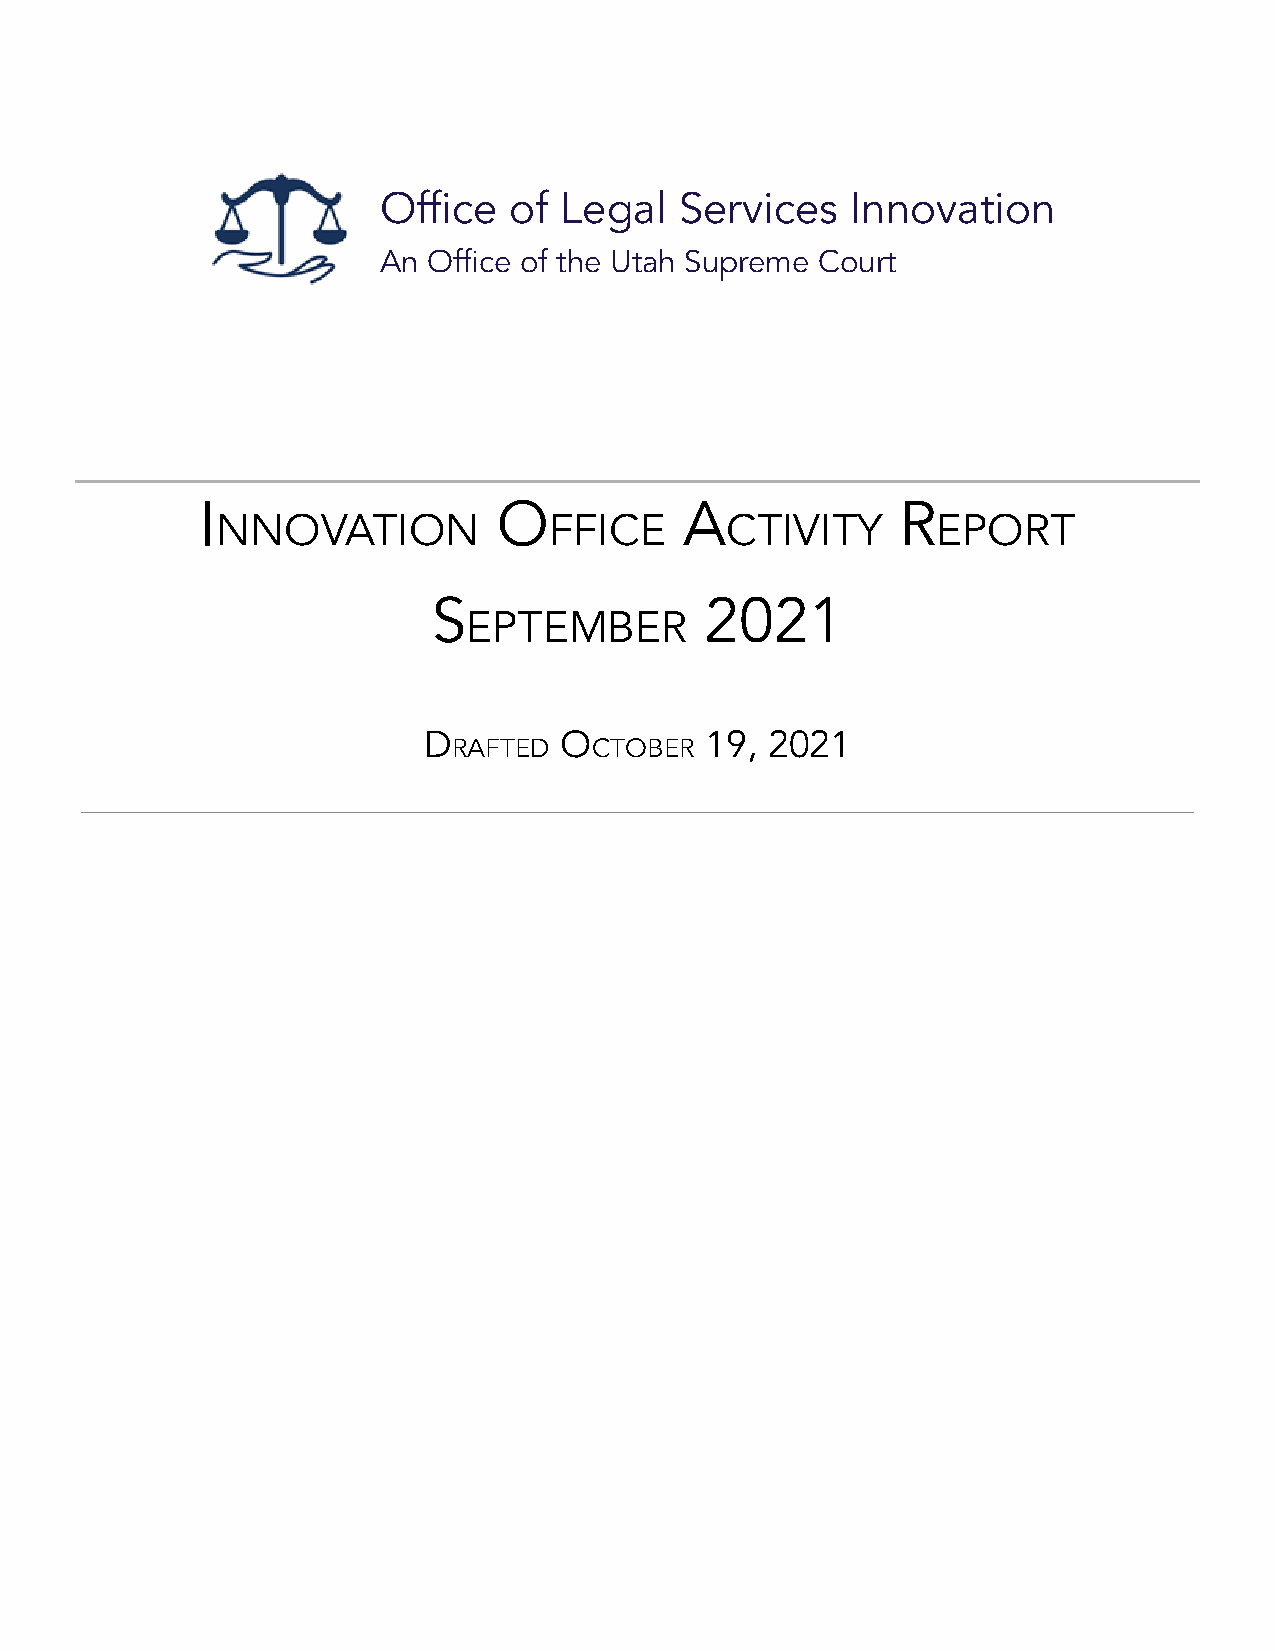
Office   of Legal   Services   Innovation
 An Office of the Utah Supreme Court
 I                   O           A              R
 NNOVATION             FFICE       CTIVITY       EPORT
 S                 2021
 EPTEMBER
 D        O         19, 2021
 RAFTED   CTOBER